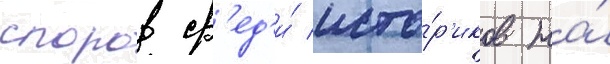
споров ср'ед'и́ исто́р'иков на́